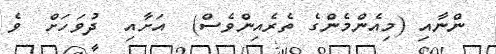
ންނާއި (މިއެންމެންގެ ތެރެއިންވެސް)  އަށާއި  ދުވަހަށް  ވެ